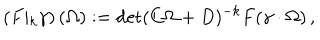
\left( F \vert _ { k } \gamma \right) ( \Omega ) : = \det ( C \Omega + D ) ^ { - k } F ( \gamma \cdot \Omega ) \, ,